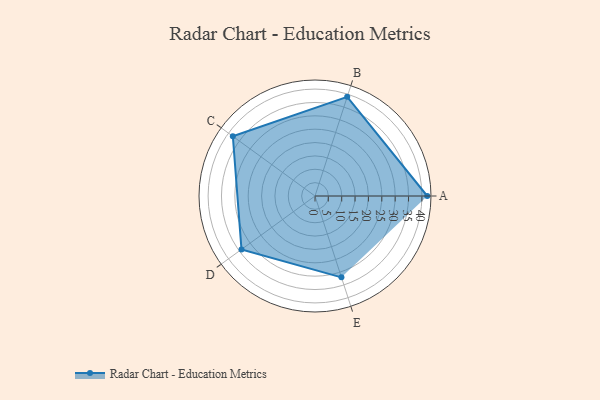
{"axis": {"x": "Skill", "y": "Score"}, "legend": ["Profile"], "data": [{"x": "A", "y": 42.0, "type": "Profile"}, {"x": "B", "y": 39.0, "type": "Profile"}, {"x": "C", "y": 38.0, "type": "Profile"}, {"x": "D", "y": 34.0, "type": "Profile"}, {"x": "E", "y": 32.0, "type": "Profile"}]}